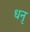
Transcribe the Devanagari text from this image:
धनृ